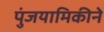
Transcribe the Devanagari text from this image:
पुंजयामिकीने